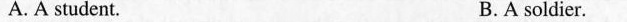
A. A student. B.A soldier.